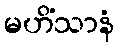
မဟိံသာနံ